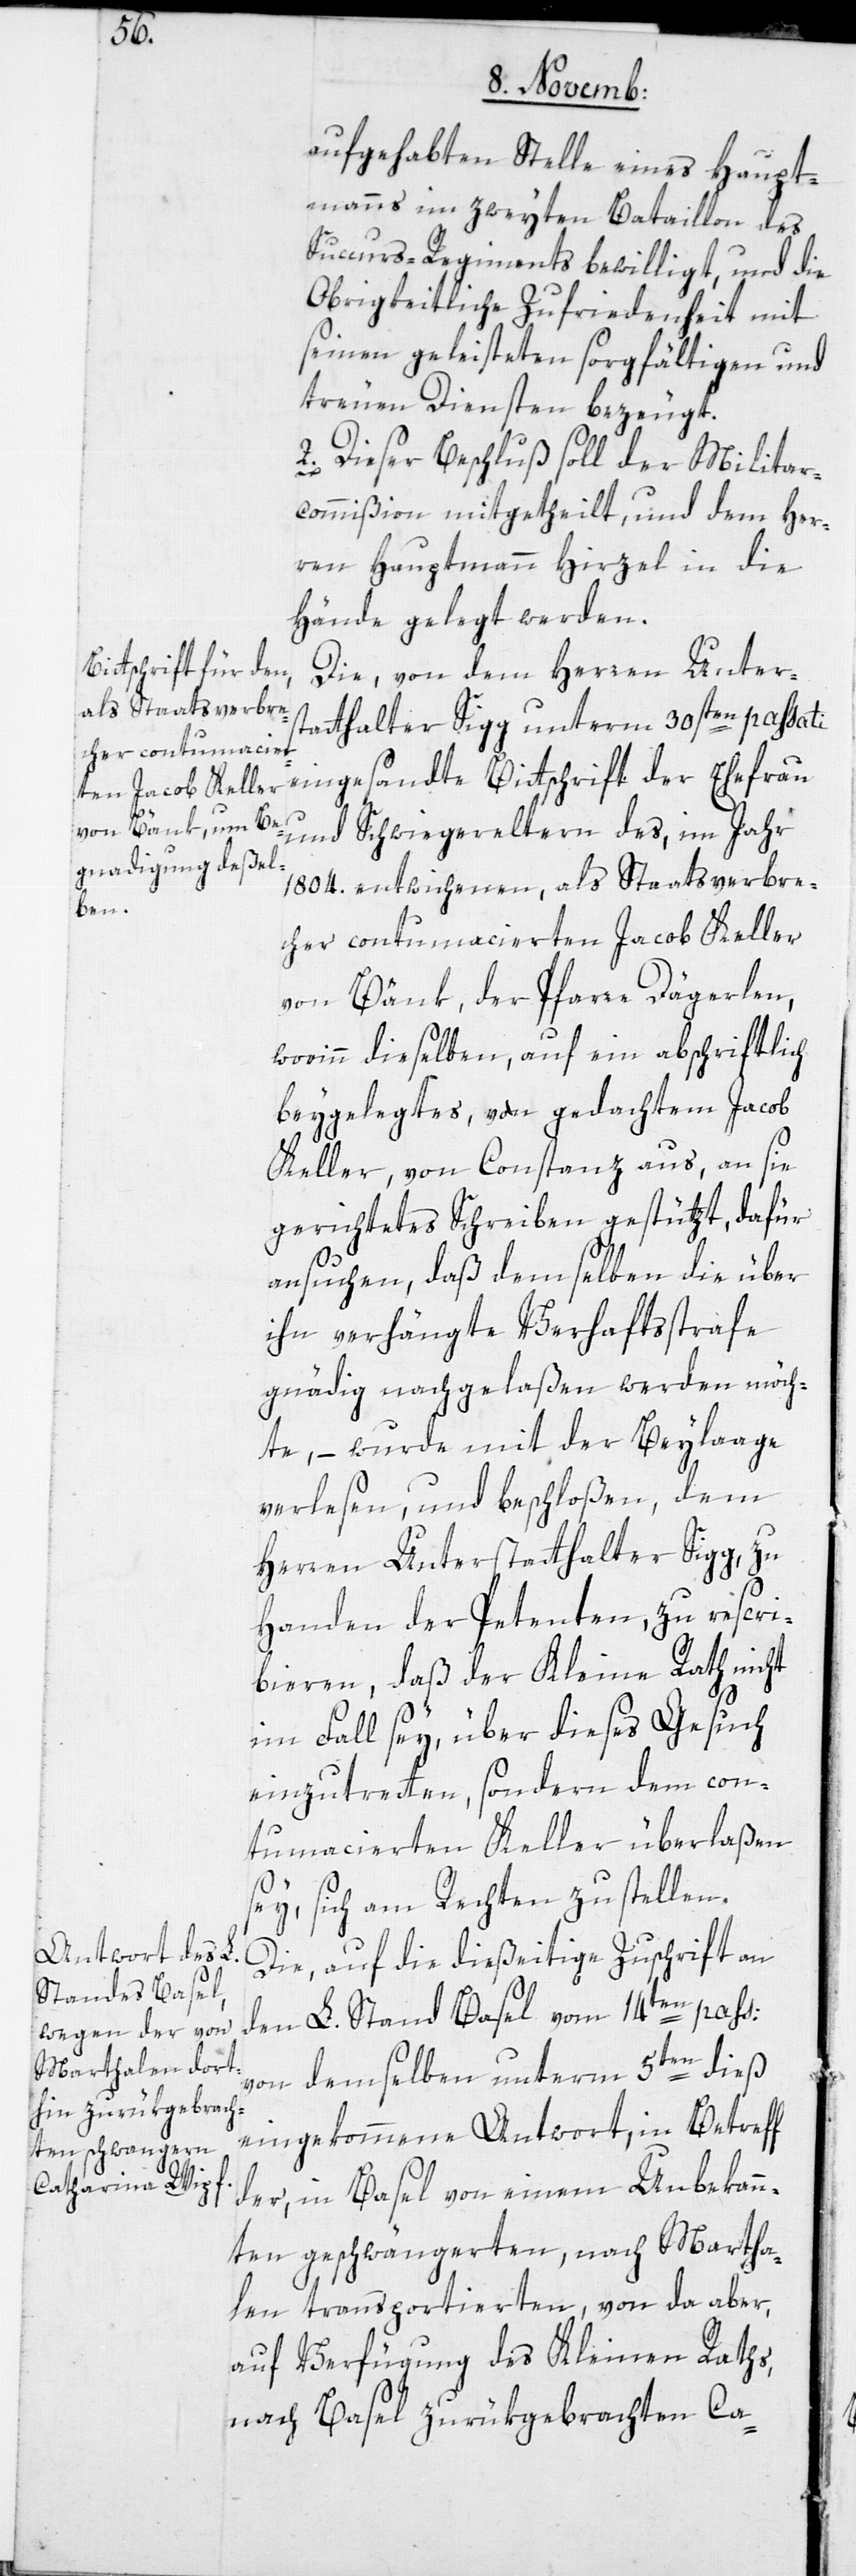
aufgehabten Stelle eines Haupt¬
manns im zweyten Bataillon des
Succurs-Regiments bewilligt, und die
obrigkeitliche Zufriedenheit mit
seinen geleisteten sorgfältigen und
treuen Diensten bezeugt.
2. Dieser Beschluß soll der Militar-C¬
ommißion mitgetheilt, und dem Her¬
ren Hauptmann Hirzel in die
Hände gelegt werden.
Die von dem Herren Unters¬
tatthalter Sigg unterm 30sten passati
eingesandte Bittschrift der Ehefrau
und Schwiegereltern des, im Jahr
1804. entwichenen, als Staatsverbre¬
cher contumacierten Jacob Keller
von Bänk, der Pfarre Dägerlen,
worinn dieselben, auf ein abschriftlich
beygelegtes, von gedachtem Jacob
Keller, von Constanz aus, an sie
gerichtetes Schreiben gestüzt, dafür
ansuchen, daß demselben die über
ihn verhängte Verhaftstrafe
gnädig nachgelaßen werden möch¬
te, – wurde mit der Beilage
verlesen, und beschloßen, dem
Herren Unterstatthalter Sigg zu
Handen der Petenten zu rescri¬
bieren, daß der Kleine Rath nicht
im Fall sey, über dieses Gesuch
einzutreten, sondern dem con¬
tumacierten Keller überlaßen
sey, sich am Rechten zu stellen.
Die, auf die dießeitige Zuschrift an
den L. Stand Basel vom 14ten pass:
von demselben unterm 5ten dieß
eingekommene Antwort, in Betreff
der in Basel von einem Unbekann¬
ten geschwängerten, nach Martha¬
len transportierten, von da aber,
auf Verfügung des Kleinen Raths,
nach Basel zurükgebrachten Ca-